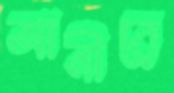
আনীরে